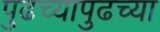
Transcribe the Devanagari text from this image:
पुढच्यापुढच्या